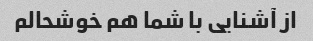
از آشنایی با شما هم خوشحالم